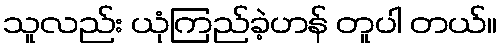
သူလည်း ယုံကြည်ခဲ့ဟန် တူပါ တယ်။